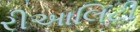
રીઆલિટી